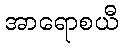
အာရောစယီ